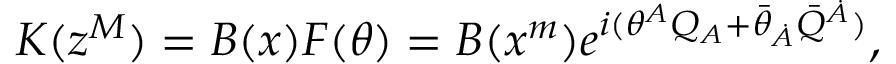
K ( z ^ { M } ) = B ( x ) F ( \theta ) = B ( x ^ { m } ) e ^ { i ( \theta ^ { A } Q _ { A } + \bar { \theta } _ { \dot { A } } \bar { Q } ^ { \dot { A } } ) } ,